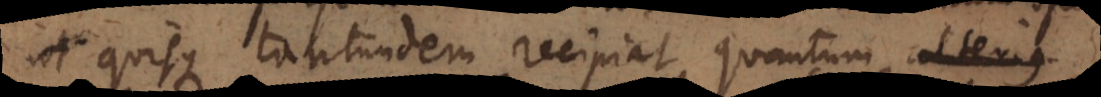
ut quisque tantundem recipiat, quantum alterius